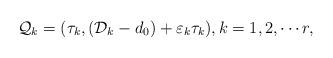
LaTeX: \begin{align*}\mathcal{Q}_{k}=(\tau_k,(\mathcal{D}_{k}-d_0)+\varepsilon_{k}\tau_k),k=1,2,\cdots r, \end{align*}